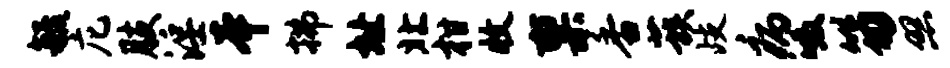
毓庀肢淫本拂址北柑收禀香蔟歧病啜笏照